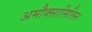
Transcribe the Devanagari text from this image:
अमौक्सासिलिन